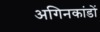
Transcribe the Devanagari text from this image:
अगिनकांडों